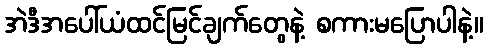
အဲဒီအပေါ်ယံထင်မြင်ချက်တွေနဲ့ စကားမပြောပါနဲ့။